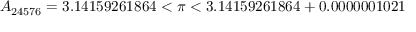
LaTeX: A _ { 2 4 5 7 6 } = 3 . 1 4 1 5 9 2 6 1 8 6 4 < \pi < 3 . 1 4 1 5 9 2 6 1 8 6 4 + 0 . 0 0 0 0 0 0 1 0 2 1